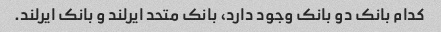
کدام بانک دو بانک وجود دارد، بانک متحد ایرلند و بانک ایرلند.